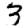
Digit: 3